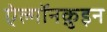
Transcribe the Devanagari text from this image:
ऐल्गॉनक़ुइन